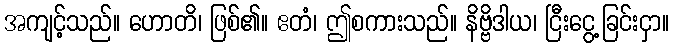
အကျင့်သည်။ ဟောတိ၊ ဖြစ်၏။ ဧတံ၊ ဤစကားသည်။ နိဗ္ဗိဒါယ၊ ငြီးငွေ့ခြင်းငှာ။